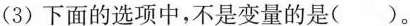
（3）下面的选项中，不是变量的是（ ）。